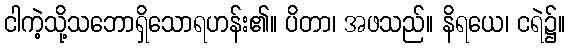
ငါကဲ့သို့သဘောရှိသောရဟန်း၏။ ပိတာ၊ အဖသည်။ နိရယေ၊ ငရဲ၌။